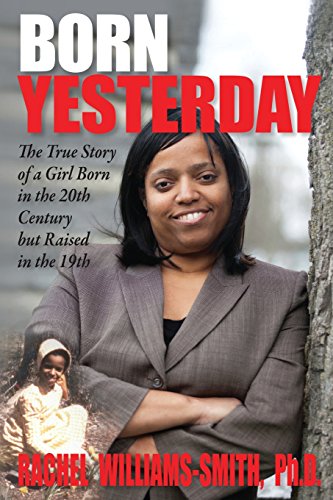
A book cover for Born Yesterday; Rachel Williams-Smith; Christian Books & Bibles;